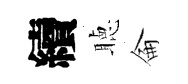
續聴侖